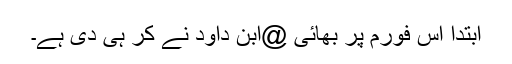
ابتدا اس فورم پر بھائی @ابن داود نے کر ہی دی ہے۔